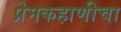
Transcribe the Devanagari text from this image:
प्रेमकहाणीचा